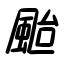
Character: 颱